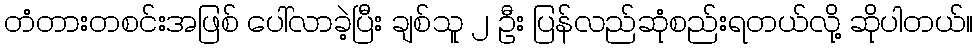
တံတားတစင်းအဖြစ် ပေါ်လာခဲ့ပြီး ချစ်သူ ၂ ဦး ပြန်လည်ဆုံစည်းရတယ်လို့ ဆိုပါတယ်။